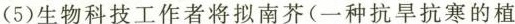
(5)生物科技工作者将拟南芥(一种抗旱抗寒的植